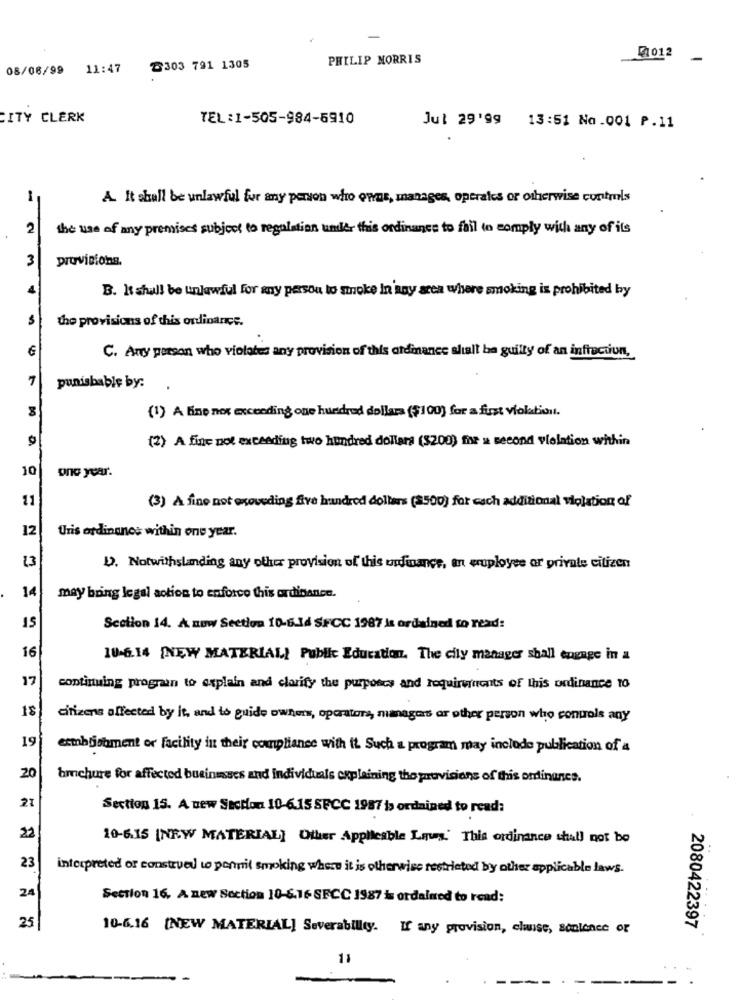
-
PHILIP MORRIS
₡1012
08/06/99 11:47
2303 791 1305
CITY CLERK
TEL:1-505-984-5910
Jul 29'99 13:51 No .001 P.11
A. It shall be unlawful for any person who owns, manages, operates or otherwise controls
2
the use of any premises subject to regulation under this ordinance to fail to comply with any of its
3
provisions.
4
B. It shall be unlawful for any passou to smoke In any area where smoking is prohibited by
the provisions of this ordinance.
€
C. Any person who violates any provision of this oldmance slualt be guilty of an infraction,
7
punishable by:
(1) A line not exceeding one hundred dollars ($100) for a fust violabuil.
(2) A fine not exceeding two hundred dollars (5200) for a second violation within
10
one year.
11
(3) A fine not exoveding five hundred dollars ($500) for each additional violation of
12
Uris ordinance within one year.
D. Notwithstanding any other provision of this undfinance, an eruployee or private citizen
14
may bring legal action to enforce this ordinance.
Section 14. A. now Section 10-6.14 SFCC 1987 às ordained to read:
16
10.6.14 [NEW MATERIAL! Public Education. The city manager shall engage in a
17
continuing progran to explain and clarify the purposes and requirements of this ordinance to
18
citizens affected by it, and to guide owner, operatore, managers or other person who controls any
19
ecmbijonment or facility in their compliance with it Such a program may include publication of 4
20
brochure for affected businesses and individuals explaining the provisions of this ordinance.
21
Section 15. A new Storion 10-6.15 SFCC 1987 is ordained to read:
22
10-6.15 [NRW MATERIAL] Other Applicable Laws.' This ordinance shall not be
23
interpreted or construed to permit smoking where it is otherwise restricted by other applicable laws.
24
Section 16, A new Section 10-6.16 SFCC 1987 i ordained to read:
25
2080422397
10-6.16 [NEW MATERIAL] Severabillty. If any provision, chuise, sonlence or
11